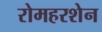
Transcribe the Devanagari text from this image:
रोमहरशेन